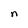
Character: n